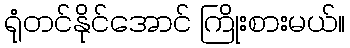
ရုံတင်နိုင်အောင် ကြိုးစားမယ်။